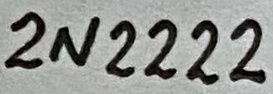
Text: 2N2222